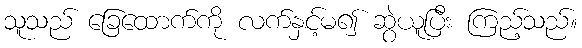
သူသည် ခြေထောက်ကို လက်နှင့်မ၍ ဆွဲယူပြီး ကြည့်သည်။